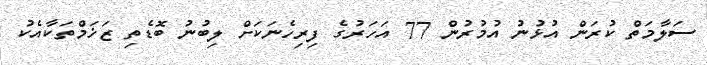
ސަލާމަތް ކުރަން އުޅުނު އުމުރުން 77 އަހަރުގެ ފިރިހެނަކަށް ލިބުނު ބޮޑެތި ޒަޚަމްތަކާއެކު